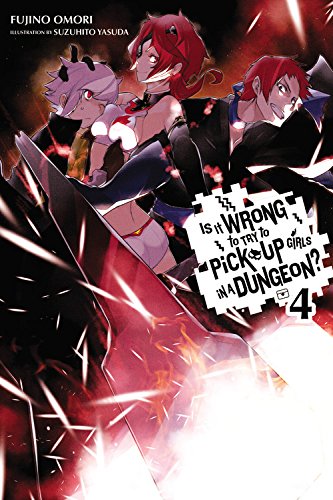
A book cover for Is It Wrong to Try to Pick Up Girls in a Dungeon?, Vol. 4 (Is It Wrong to Pick Up Girls in a Dungeon?); Fujino Omori; Science Fiction & Fantasy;